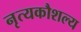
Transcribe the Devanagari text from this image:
नृत्यकौशल्य